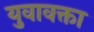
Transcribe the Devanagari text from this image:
युवावक्ता